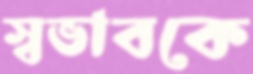
স্বভাবকে